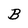
Character: B